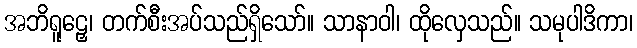
အဘိရူဠှေ၊ တက်စီးအပ်သည်ရှိသော်။ သာနာဝါ၊ ထိုလှေသည်။ သမုပါဒိကာ၊